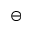
\ominus